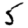
Digit: 5